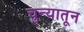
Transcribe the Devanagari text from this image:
चुन्यातून